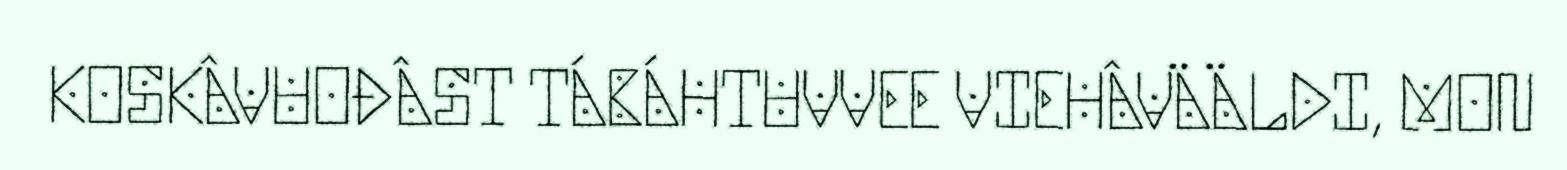
KOSKÂVUOĐÂST TÁBÁHTUVVEE VIEHÂVÄÄLDI, MON